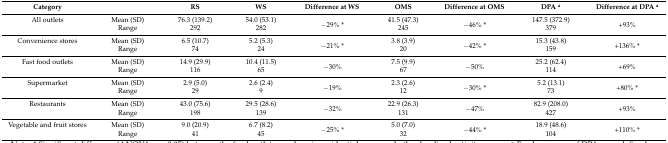
<table><thead><tr><td><b>Category</b></td><td></td><td><b>RS</b></td><td><b>WS</b></td><td><b>Difference at WS</b></td><td><b>OMS</b></td><td><b>Difference at OMS</b></td><td><b>DPA <sup>a</sup></b></td><td><b>Difference at DPA <sup>a</sup></b></td></tr></thead><tbody><tr><td>All outlets</td><td>Mean (SD)</td><td>76.3 (139.2)</td><td>54.0 (53.1)</td><td rowspan="2">−29% *</td><td>41.5 (47.3)</td><td rowspan="2">−46% *</td><td>147.5 (372.9)</td><td rowspan="2">+93%</td></tr><tr><td></td><td>Range</td><td>292</td><td>282</td><td>245</td><td>379</td></tr><tr><td>Convenience stores</td><td>Mean (SD)</td><td>6.5 (10.7)</td><td>5.2 (5.3)</td><td rowspan="2">−21% *</td><td>3.8 (3.9)</td><td rowspan="2">−42% *</td><td>15.3 (43.8)</td><td rowspan="2">+136% *</td></tr><tr><td></td><td>Range</td><td>74</td><td>24</td><td>20</td><td>159</td></tr><tr><td>Fast food outlets</td><td>Mean (SD)</td><td>14.9 (29.9)</td><td>10.4 (11.5)</td><td rowspan="2">−30%</td><td>7.5 (9.9)</td><td rowspan="2">−50%</td><td>25.2 (62.4)</td><td rowspan="2">+69%</td></tr><tr><td></td><td>Range</td><td>116</td><td>65</td><td>67</td><td>114</td></tr><tr><td>Supermarket</td><td>Mean (SD)</td><td>2.9 (5.0)</td><td>2.6 (2.4)</td><td rowspan="2">−19%</td><td>2.3 (2.6)</td><td rowspan="2">−30% *</td><td>5.2 (13.1)</td><td rowspan="2">+80% *</td></tr><tr><td></td><td>Range</td><td>29</td><td>9</td><td>12</td><td>73</td></tr><tr><td>Restaurants</td><td>Mean (SD)</td><td>43.0 (75.6)</td><td>29.5 (28.6)</td><td rowspan="2">−32%</td><td>22.9 (26.3)</td><td rowspan="2">−47%</td><td>82.9 (208.0)</td><td rowspan="2">+93%</td></tr><tr><td></td><td>Range</td><td>198</td><td>139</td><td>131</td><td>427</td></tr><tr><td>Vegetable and fruit stores</td><td>Mean (SD)</td><td>9.0 (20.9)</td><td>6.7 (8.2)</td><td rowspan="2">−25% *</td><td>5.0 (7.0)</td><td rowspan="2">−44% *</td><td>18.9 (48.6)</td><td rowspan="2">+110% *</td></tr><tr><td></td><td>Range</td><td>41</td><td>45</td><td>32</td><td>104</td></tr></tbody></table>